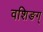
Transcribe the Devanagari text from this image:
वशिङग्